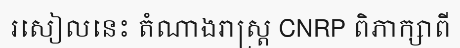
រសៀលនេះ តំណាងរាស្ត្រ CNRP ពិភាក្សាពី